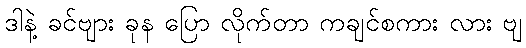
ဒါနဲ့ ခင်ဗျား ခုန ပြော လိုက်တာ ကချင်စကား လား ဗျ